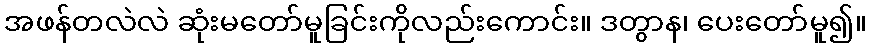
အဖန်တလဲလဲ ဆုံးမတော်မူခြင်းကိုလည်းကောင်း။ ဒတွာန၊ ပေးတော်မူ၍။